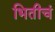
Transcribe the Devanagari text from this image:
भितीचं